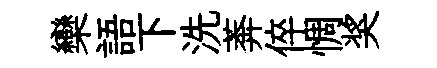
欒語下洗莾倅惆奖